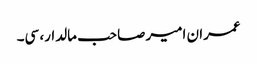
عمران امیر صاحب مالدار، سی۔